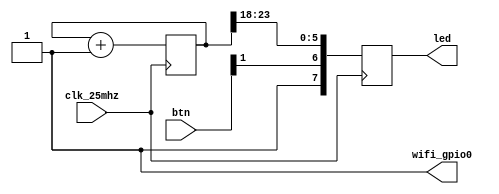
module top(input clk_25mhz,
           input [6:0] btn,
           output [7:0] led,
           output wifi_gpio0);

    assign wifi_gpio0 = 1'b1;

    reg [7:0] o_led;
    assign led = o_led;

    reg [31:0] cnt = 0;

    always @(posedge clk_25mhz) begin
        cnt <= cnt + 1;
        o_led[7] <= 1;
        o_led[6] <= btn[1];
        o_led[5:0] <= cnt[23:18];
    end

endmodule